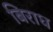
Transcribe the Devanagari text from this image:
बिराध